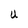
Character: U